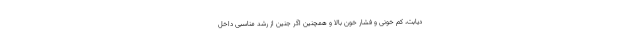
دیابت، کم خونی و فشار خون بالا و همچنین اگر جنین از رشد مناسبی داخل